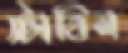
স্টাবিল